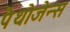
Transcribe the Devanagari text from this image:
पैथोजेन्स